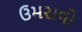
ઉમરાવો